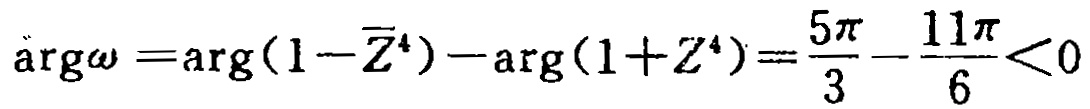
\(\arg\omega =\arg(1-\overline{Z}^{4})-\arg(1+Z^{4})=\frac{5\pi}{3}-\frac{11\pi}{6}<0\)